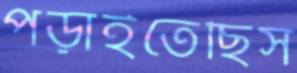
পড়াইতেছিস